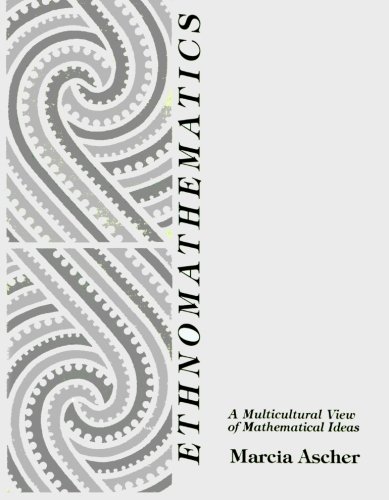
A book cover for Ethnomathematics: A Multicultural View of Mathematical Ideas; Marcia Ascher; Science & Math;